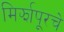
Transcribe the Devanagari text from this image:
मिर्झापूरचे